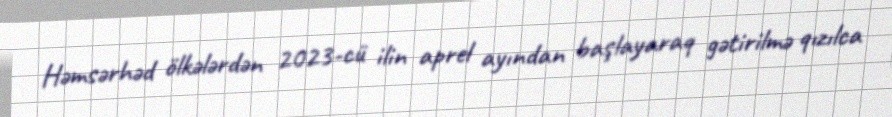
Həmsərhəd ölkələrdən 2023-cü ilin aprel ayından başlayaraq gətirilmə qızılca